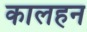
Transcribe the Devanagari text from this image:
कालहन